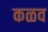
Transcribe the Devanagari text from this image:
कळव